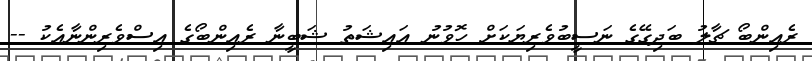
ރެއިންބޯ ޗާލު ބަދިގޭގެ ނަސީބުވެރިޔަކަށް ހޮވުނު އައިޝަތު ޝަބީނާ ރެއިންބޯގެ އިސްވެރިންނާއެކު --